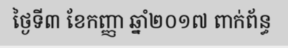
ថ្ងៃទី៣ ខែកញ្ញា ឆ្នាំ២០១៧ ពាក់ព័ន្ធ